Annual vaccination report of Bihar and Orissa - 1911-1928
Year: 1911
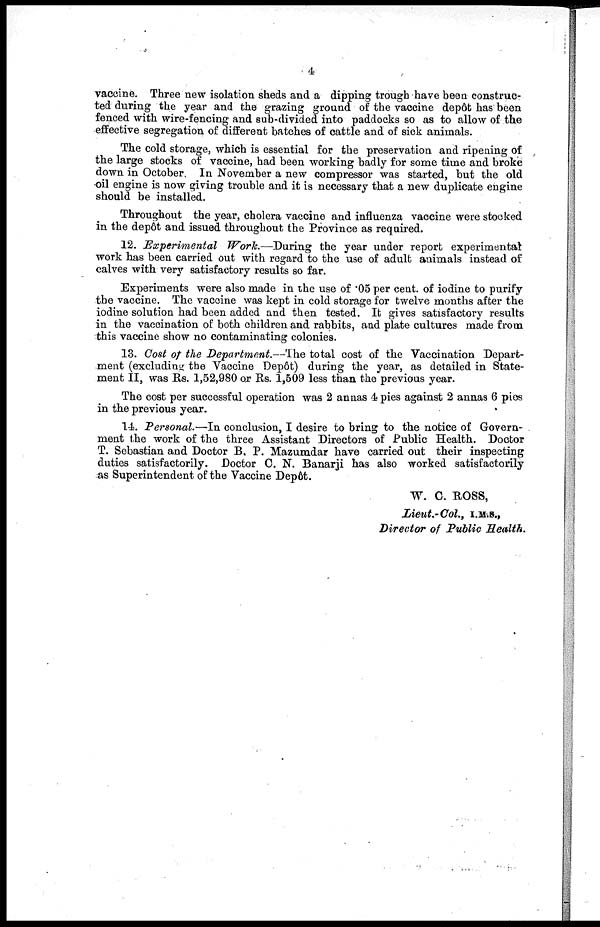
4
vaccine. Three new isolation sheds and a dipping trough have been construc¬
ted during the year and the grazing ground of the vaccine depôt has been
fenced with wire-fencing and sub-divided into paddocks so as to allow of the
effective segregation of different batches of cattle and of sick animals.
The cold storage, which is essential for the preservation and ripening of
the large stocks of vaccine, had been working badly for some time and broke
down in October. In November a new compressor was started, but the old
oil engine is now giving trouble and it is necessary that a new duplicate engine
should be installed.
Throughout the year, cholera vaccine and influenza vaccine were stocked
in the depôt and issued throughout the Province as required.
12. Experimental
Work.—During the year under report experimental
work has been carried out with regard to the use of adult animals instead of
calves with very satisfactory results so far.
Experiments were also made in the use of .05 per cent. of iodine to purify
the vaccine. The vaccine was kept in cold storage for twelve months after the
iodine solution had been added and then tested. It gives satisfactory results
in the vaccination of both children and rabbits, and plate cultures made from
this vaccine show no contaminating colonies.
13. Cost of the Department.—The total cost of the Vaccination Depart-
ment (excluding the Vaccine Depôt) during the year, as detailed in State-
ment II, was Rs. 1,52,980 or Rs. 1,509 less than the previous year.
The cost per successful operation was 2 annas 4 pies against 2 annas 6 pies
in the previous year.
14. Personal.—In conclusion, I desire to bring to the notice of Govern-
ment the work of the three Assistant Directors of Public Health. Doctor
T. Sebastian and Doctor B. P. Mazumdar have carried out their inspecting
duties satisfactorily. Doctor C. N. Banarji has also worked satisfactorily
-as Superintendent of the Vaccine Depôt.
W. C. ROSS,
Lieut.-Col., I.M.S.,
Director of Public Health.